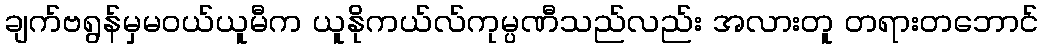
ချက်ဗရွန်မှမဝယ်ယူမီက ယူနိုကယ်လ်ကုမ္ပဏီသည်လည်း အလားတူ တရားတဘောင်